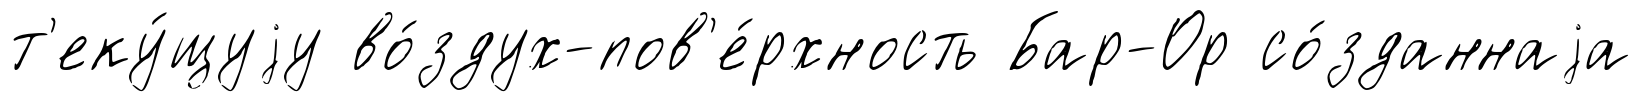
т'еку́щуjу во́здух-пов'е́рхность Бар-Ор со́зданнаjа